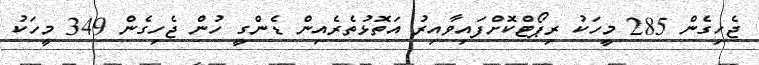
ޖެހިގެން 285 މީހަކު ރިޕޯޓްކޮށްފައިވާއިރު އަތޮޅުތެރެއިން ޑެންގީ ހުން ޖެހިގެން 349 މީހަކު